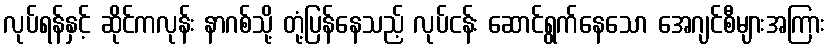
လုပ်ရန်နှင့် ဆိုင်ကလုန်း နာဂစ်သို့ တုံ့ပြန်နေသည့် လုပ်ငန်း ဆောင်ရွက်နေသော အေဂျင်စီများအကြား